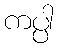
ကပ္ပါ